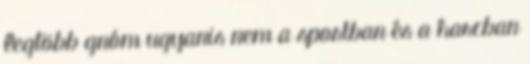
legtöbb gnóm ugyanis nem a sportban és a harcban